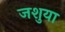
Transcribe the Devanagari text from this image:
जशुया